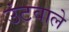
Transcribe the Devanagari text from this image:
उंटवाले